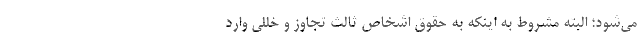
می‌شود؛ البته مشروط به اینکه به حقوق اشخاص ثالث تجاوز و خللی وارد